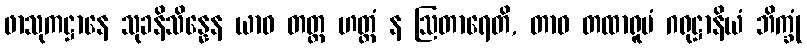
ဖာသုကဋ္ဌာနေ သုခနိသိန္နေန ယာဝ တတ္ထ ဟတ္ထံ န ဩတာရေတိ, တာဝ တထာရူပံ ဂရုဋ္ဌာနိယံ ဘိက္ခုံ